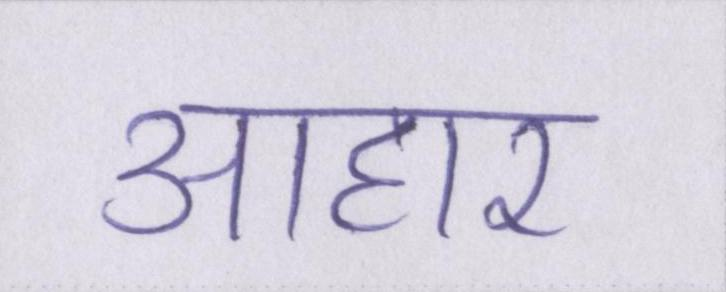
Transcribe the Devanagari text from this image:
आहार